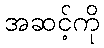
အဆင့်ကို